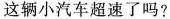
这辆小汽车超速了吗?